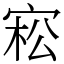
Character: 𡨭